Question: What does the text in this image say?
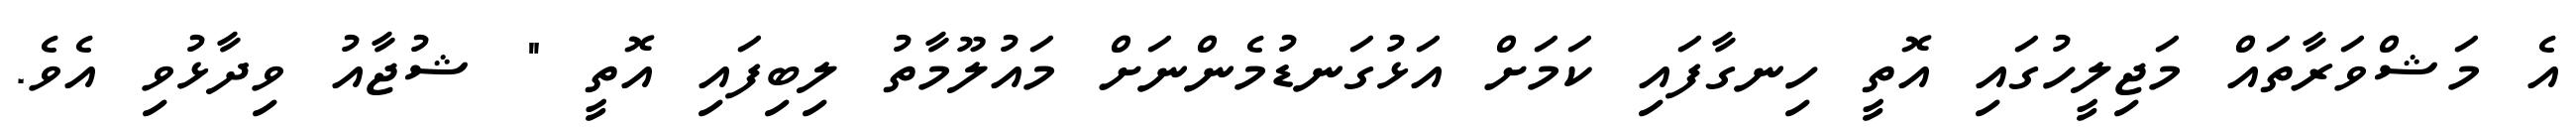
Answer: އެ މަޝްވަރާތައް މަޖިލީހުގައި އޮތީ ހިނގާފައި ކަމަށް އަޅުގަނޑުމެންނަށް މައުލޫމާތު ލިބިފައި އޮތީ " ޝުޖާއު ވިދާޅުވި އެވެ.